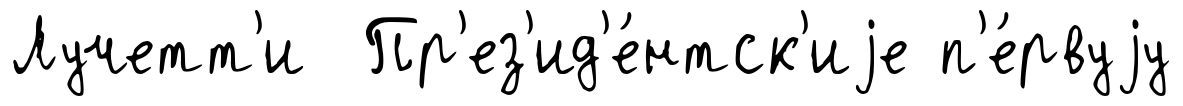
Лучетт'и Пр'ез'ид'е́нтск'иjе п'е́рвуjу